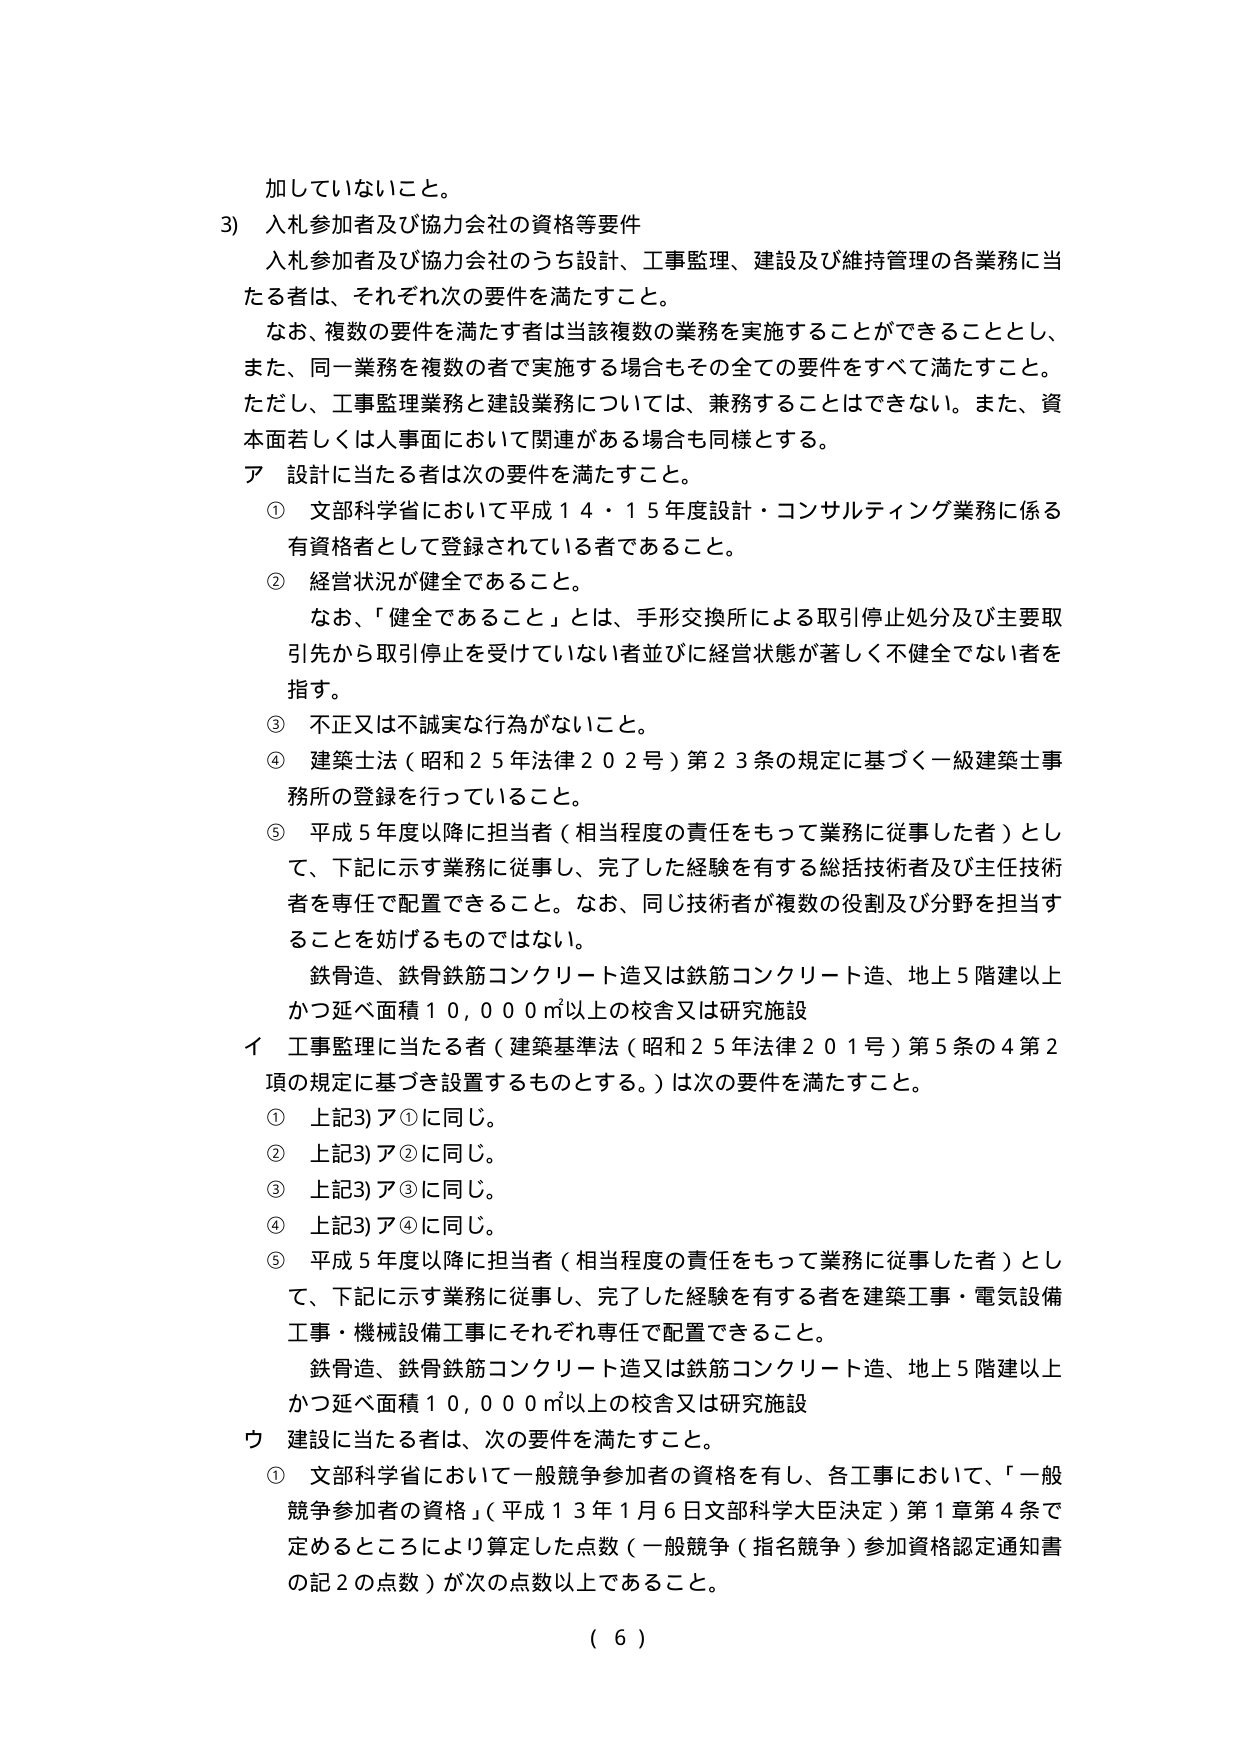
加していないこと。

3) 入札参加者及び協力会社の資格等要件
入札参加者及び協力会社のうち設計、工事監理、建設及び維持管理の各業務に当たる者は、それぞれ次の要件を満たすこと。
なお、複数の要件を満たす者は当該複数の業務を実施することができることとし、また、同一業務を複数の者で実施する場合もその全ての要件をすべて満たすこと。
ただし、工事監理業務と建設業務については、兼務することはできない。また、資本面若しくは人事面において関連がある場合も同様とする。

ア 設計に当たる者は次の要件を満たすこと。
① 文部科学省において平成14・15年度設計・コンサルティング業務に係る有資格者として登録されている者であること。
② 経営状況が健全であること。
　　なお、「健全であること」とは、手形交換所による取引停止処分及び主要取引先から取引停止を受けていない者並びに経営状態が著しく不健全でない者を指す。
③ 不正又は不誠実な行為がないこと。
④ 建築士法（昭和25年法律202号）第23条の規定に基づく一級建築士事務所の登録を行っていること。
⑤ 平成5年度以降に担当者（相当程度の責任をもって業務に従事した者）として、下記に示す業務に従事し、完了した経験を有する総括技術者及び主任技術者を専任で配置できること。なお、同じ技術者が複数の役割及び分野を担当することを妨げるものではない。
　　鉄骨造、鉄骨鉄筋コンクリート造又は鉄筋コンクリート造、地上5階建以上かつ延べ面積10,000㎡以上の校舎又は研究施設

イ 工事監理に当たる者（建築基準法（昭和25年法律201号）第5条の4第2項の規定に基づき設置するものとする。）は次の要件を満たすこと。
① 上記3)ア①に同じ。
② 上記3)ア②に同じ。
③ 上記3)ア③に同じ。
④ 上記3)ア④に同じ。
⑤ 平成5年度以降に担当者（相当程度の責任をもって業務に従事した者）として、下記に示す業務に従事し、完了した経験を有する者を建築工事・電気設備工事・機械設備工事にそれぞれ専任で配置できること。
　　鉄骨造、鉄骨鉄筋コンクリート造又は鉄筋コンクリート造、地上5階建以上かつ延べ面積10,000㎡以上の校舎又は研究施設

ウ 建設に当たる者は、次の要件を満たすこと。
① 文部科学省において一般競争参加者の資格を有し、各工事において、「一般競争参加者の資格」（平成13年1月6日文部科学大臣決定）第1章第4条で定めるところにより算定した点数（一般競争（指名競争）参加資格認定通知書の記2の点数）が次の点数以上であること。

（ 6 ）